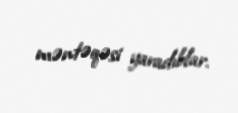
məntəqəsi yaradıblar.